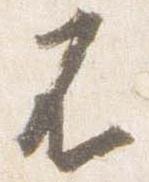
不